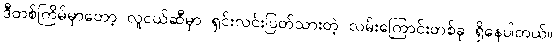
ဒီတစ်ကြိမ်မှာတော့ လူငယ်ဆီမှာ ရှင်းလင်းပြတ်သားတဲ့ လမ်းကြောင်းတစ်ခု ရှိနေပါတယ်။